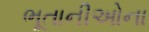
ભૂતાનીઓના